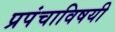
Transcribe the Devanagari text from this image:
प्रपंचाविषयी